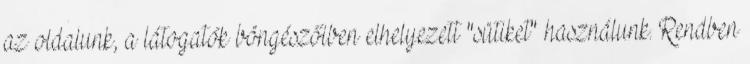
az oldalunk, a látogatók böngészőiben elhelyezett "sütiket" használunk. Rendben